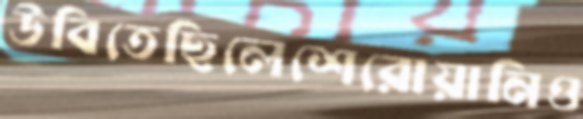
উবিতেছিলেশেরোয়ানিও